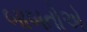
બાબતોએ